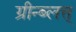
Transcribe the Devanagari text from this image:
ग्रीन्ब्लत्त्